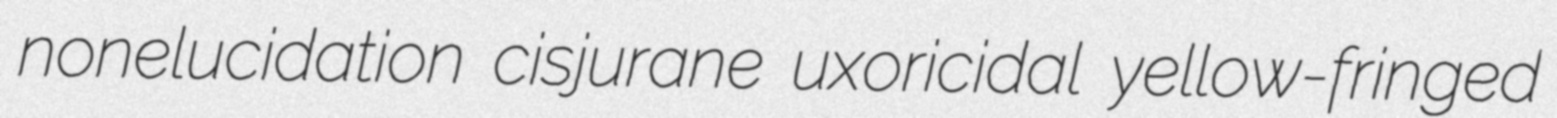
nonelucidation cisjurane uxoricidal yellow-fringed